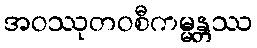
အဝဿုတဝစီကမ္မန္တဿ